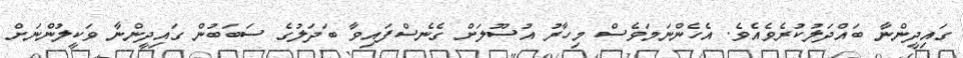
ގައިދީންނާ ބައްދަލުކުރެވެއެވެ. އެހެންނަމަވެސް މިހާރު އުސޫލަށް ގެނެސްފައިވާ ބަދަލުގެ ސަބަބުން ގައިދީންނާ ވަކީލުންނަށް